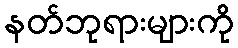
နတ်ဘုရားများကို